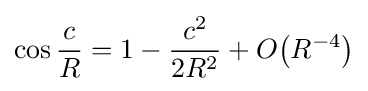
{\begin{aligned}\cos {\frac {c}{R}}=1-{\frac {c^{2}}{2R^{2}}}+O{\left(R^{-4}\right)}\end{aligned}}